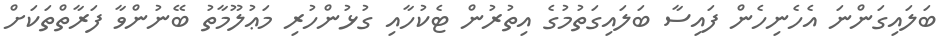
ބަލައިގަންނަ އެހެނިހެން ފައިސާ ބަލައިގަތުމުގެ އިތުރުން ޓެކުހާއި ގުޅުންހުރި މަޢުލޫމާތު ބޭނުންވާ ފަރާތްތަކަށް